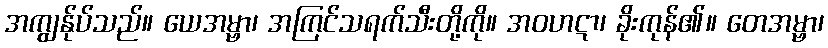
အကျွန်ုပ်သည်။ ယေအမ္ဗာ၊ အကြင်သရက်သီးတို့ကို။ အဝဟဋာ၊ ခိုးကုန်၏။ တေအမ္ဗာ၊